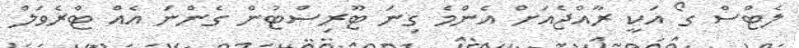
ލެޓްސް ގޯ އަކީ ރާއްޖެއަށް އެންމެ ގިނަ ޓޫރިސްޓުން ގެންނަ އެއް ޓްރެވަލް